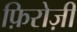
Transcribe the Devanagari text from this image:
फ़िरोज़ी